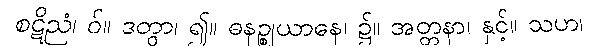
စဋိညံ၊ ဝ်။ ဒတွာ၊ ၍။ ဓနဉ္စုယာနေ၊ ၌။ အတ္တနာ၊ နှင့်။ သဟ၊